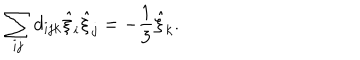
\sum _ { i j } d _ { i j k } \hat { \xi } _ { i } \hat { \xi } _ { j } = - \frac { 1 } { 3 } \hat { \xi } _ { k } .